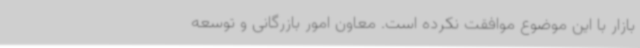
بازار با این موضوع موافقت نکرده است. معاون امور بازرگانی و توسعه